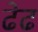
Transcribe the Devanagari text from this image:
ढेढ